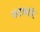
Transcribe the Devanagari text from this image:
फटकारि